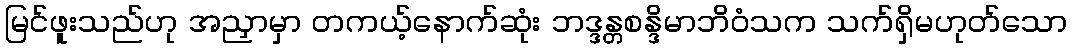
မြင်ဖူးသည်ဟု အညှာမှာ တကယ့်နောက်ဆုံး ဘဒ္ဒန္တစန္ဒိမာဘိဝံသက သက်ရှိမဟုတ်သော